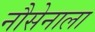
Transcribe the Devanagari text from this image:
नौसेनाला